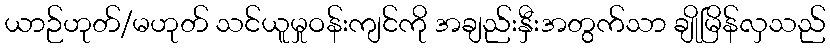
ယာဉ်ဟုတ်/မဟုတ် သင်ယူမှုဝန်းကျင်ကို အချည်းနှီးအတွက်သာ ချိုမြိန်လှသည်